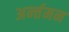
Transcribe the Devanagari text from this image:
अर्न्‍तमन